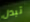
تبدل